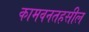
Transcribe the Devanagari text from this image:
कामवनतहसील